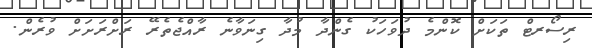
ރިސޯރޓް ތަކަށް ކޮންމެ ދުވަހަކު ގެންދާ މުދާ ގިނަވާނެ ރާއްޖެތެރޭ ރަށްރަށަށް ވުރެން.